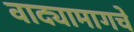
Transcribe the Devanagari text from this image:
वाद्यामागचे